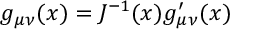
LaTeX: g _ { \mu \nu } ( x ) = J ^ { - 1 } ( x ) g _ { \mu \nu } ^ { \prime } ( x )